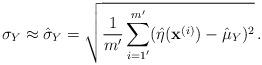
LaTeX: \begin{align*}\sigma_Y \approx \hat{\sigma}_Y = \sqrt{\frac{1}{m'}\sum_{i=1'}^{m'}(\hat{\eta}(\mathbf{x}^{(i)})-\hat{\mu}_Y)^2} \, .\end{align*}